Report of the Municipal Commissioner on the plague in Bombay for the year ending 31st May... - Volume 1
Disease focus: Plague
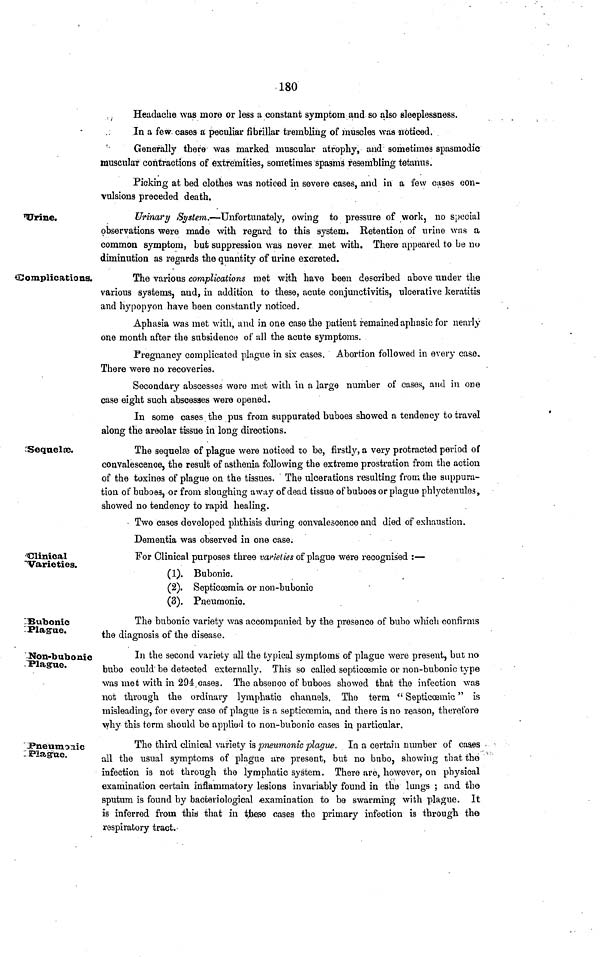
180
Headache was more or less a constant symptom and so also sleeplessness.
In a few cases a peculiar fibrillar trembling of muscles was noticed.
Generally there was marked muscular atrophy, and sometimes spasmodic
muscular contractions of extremities, sometimes spasms resembling tetanus.
Picking at bed clothes was noticed in severe cases, and in a few cases con-
vulsions preceded death.
Urine.
Urinary System.—Unfortunately, owing to pressure of work, no special
observations were made with regard to this system. Retention of urine was a
common symptom, but suppression was never met with. There appeared to be no
diminution as regards the quantity of urine excreted.
Complications.
The various complications met with have been described above under the
various systems, and, in addition to these, acute conjunctivitis, ulcerative keratitis
and hypopyon have been constantly noticed.
Aphasia was met with, and in one case the patient remained aphasic for nearly
one month after the subsidence of all the acute symptoms.
Pregnancy complicated plague in six cases. Abortion followed in every case.
There were no recoveries.
Secondary abscesses were met with in a large number of cases, and in one
case eight such abscesses were opened.
In some cases the pus from suppurated buboes showed a tendency to travel
along the areolar tissue in long directions.
Sequelae.
The sequel of plague were noticed to be, firstly, a very protracted period of
convalescence, the result of asthenia following the extreme prostration from the action
of the toxines of plague on the tissues. The ulcerations resulting from the suppura-
tion of buboes, or from sloughing away of dead tissue of buboes or plague phlyctenules,
showed no tendency to rapid healing.
Two cases developed phthisis during convalescence and died of exhaustion.
Dementia was observed in one case.
Clinical
Varieties.
For Clinical purposes three varieties of plague were recognised :—
(1). Bubonic.
(2). Septicoemia or non-bubonic
(3). Pneumonic.
Bubonic
Plague.
The bubonic variety was accompanied by the presence of bubo which confirms
the diagnosis of the disease.
Non-bubonic
Plague.
In the second variety all the typical symptoms of plague were present, but no
bubo could be detected externally. This so called septicoemic or non-bubonic type
was met with in 294 cases. The absence of buboes showed that the infection was
not through the ordinary lymphatic channels. The terra " Septicaemia" is
misleading, for every case of plague is a septicoemia, and there is no reason, therefore
why this term should be applied to non-bubonic cases in particular.
Pneumonic
Plague.
The third clinical variety is pneumonic plague. In a certain number of cases
all the usual symptoms of plague are present, but no bubo, showing that the
infection is not through the lymphatic system. There are, however, on physical
examination certain inflammatory lesions invariably found in the lungs ; and the
sputum is found by bacteriological examination to be swarming with plague. It
is inferred from this that in these cases the primary infection is through the
respiratory tract.